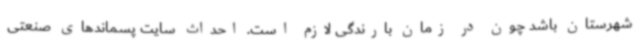
شهرستان باشد چون در زمان بارندگی لازم است. احداث سایت پسماندهای صنعتی